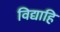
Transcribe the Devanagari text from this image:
विद्याहि